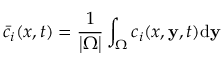
\bar { c } _ { i } ( x , t ) = \frac { 1 } { \left| \Omega \right| } \int _ { \Omega } ^ { } c _ { i } ( x , \mathbf { y } , t ) \mathrm { d } \mathbf { y }